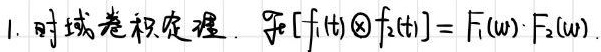
1. 时域卷积定理：$\mathcal{F}[f_1(t)\otimes f_2(t)] = F_1(\omega)\cdot F_2(\omega)$